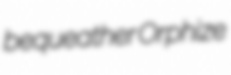
bequeather Orphize